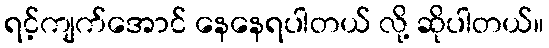
ရင့်ကျက်အောင် နေနေရပါတယ် လို့ ဆိုပါတယ်။